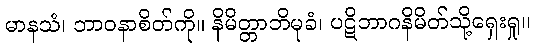
မာနသံ၊ ဘာဝနာစိတ်ကို။ နိမိတ္တာဘိမုခံ၊ ပဋိဘာဂနိမိတ်သို့ရှေးရှု။